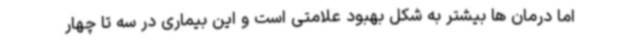
اما درمان ها بیشتر به شکل بهبود علامتی است و این بیماری در سه تا چهار